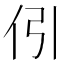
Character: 𠇁